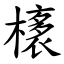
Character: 橠